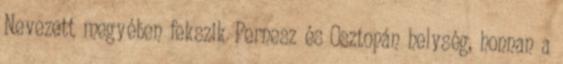
Nevezett megyében fekszik Pernesz és Osztopán helység, honnan a